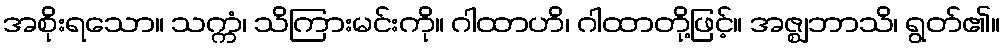
အစိုးရသော။ သက္ကံ၊ သိကြားမင်းကို။ ဂါထာဟိ၊ ဂါထာတို့ဖြင့်။ အဇ္ဈဘာသိ၊ ရွတ်၏။